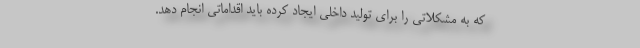
که به مشکلاتی را برای تولید داخلی ایجاد کرده باید اقداماتی انجام دهد.